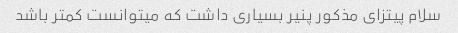
سلام پیتزای مذکور پنیر بسیاری داشت که میتوانست کمتر باشد